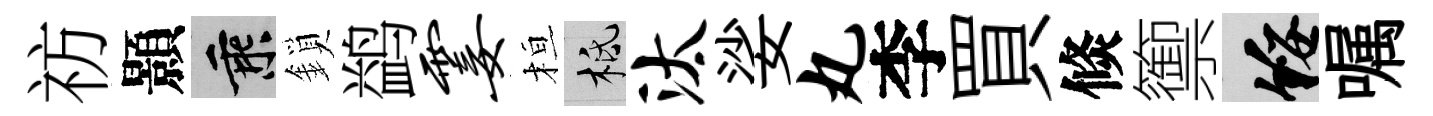
祊顥乘鎖鹢霎桓柢汰娑丸李買倐籞綏嘱